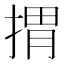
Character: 𢯮